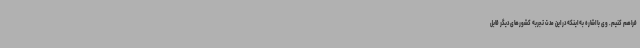
فراهم کنیم. وی با اشاره به اینکه در این مدت تجربه کشورهای دیگر قابل